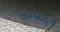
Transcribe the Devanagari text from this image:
कारणसमूहों